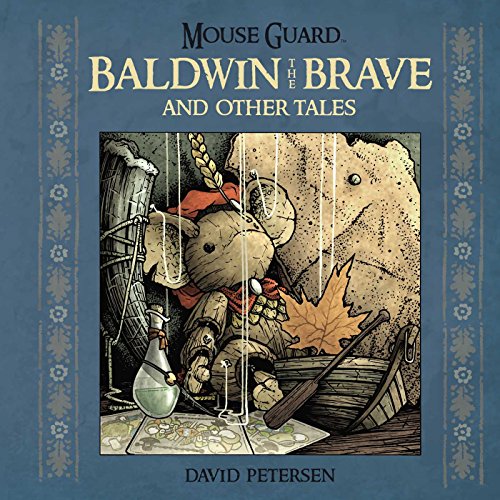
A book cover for Mouse Guard: Baldwin the Brave and Other Tales; David Petersen; Comics & Graphic Novels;